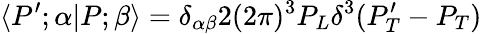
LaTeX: \langle P^{\prime};\alpha|P;\beta\rangle=\delta_{\alpha\beta}2(2\pi)^{3}P_{L}\delta^{3}(P_{T}^{\prime}-P_{T})